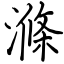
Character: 滌